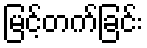
မြင့်တက်ခြင်း